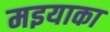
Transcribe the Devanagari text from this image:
मइयाका